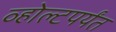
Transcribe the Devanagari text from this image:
व्होल्टपर्यंत